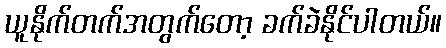
ယူနိုက်တက်အတွက်တော့ ခက်ခဲနိုင်ပါတယ်။